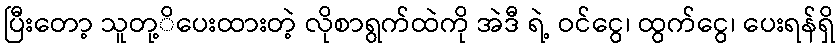
ပြီးတော့ သူတု့ိပေးထားတဲ့ လိုစာရွက်ထဲကို အဲဒီ ရဲ့ ဝင်ငွေ၊ ထွက်ငွေ၊ ပေးရန်ရှိ